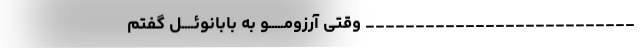
___________________________ وقتی آرزومـــــو به بابانوئــــل گفتم